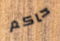
حاكم